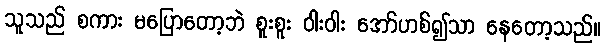
သူသည် စကား မပြောတော့ဘဲ စူးစူး ဝါးဝါး အော်ဟစ်၍သာ နေတော့သည်။